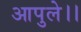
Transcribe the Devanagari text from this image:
आपुले।।